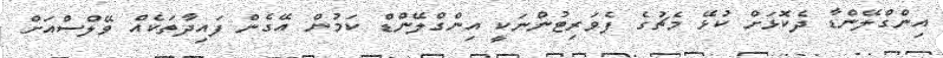
އިންގްލޭންޑާ ދެކޮޅަށް ކުޅޭ މެޗުގެ ފެވަރިޓުންނަކީ އިންގްލޭންޑް ކަމުން އޭގެން ފައިދާތަކެއް ވޭލްސްއަށް